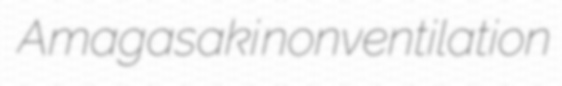
Amagasaki nonventilation